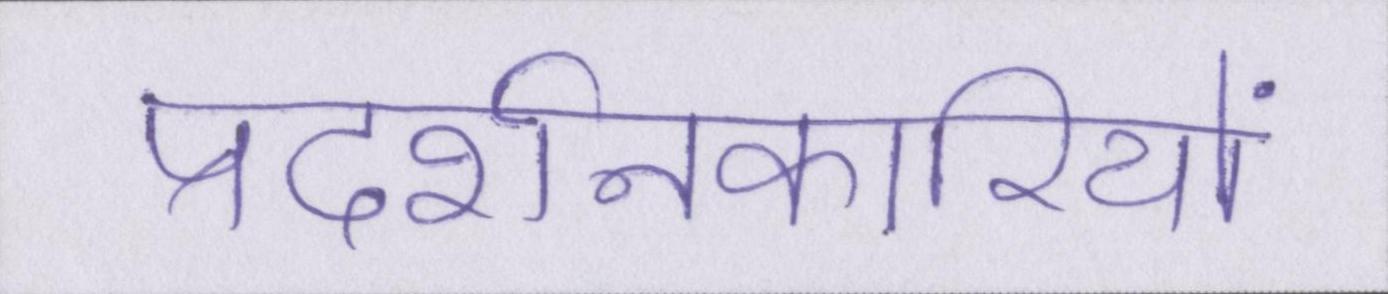
प्रदर्शनकारियों